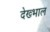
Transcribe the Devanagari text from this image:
देख्भाल